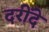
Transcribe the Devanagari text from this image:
दरींदे